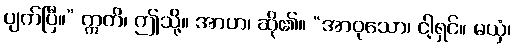
ပျက်ပြီ။” ဣတိ၊ ဤသို့။ အာဟ၊ ဆို၏။ “အာဝုသော၊ ငါ့ရှင်။ မယှံ၊